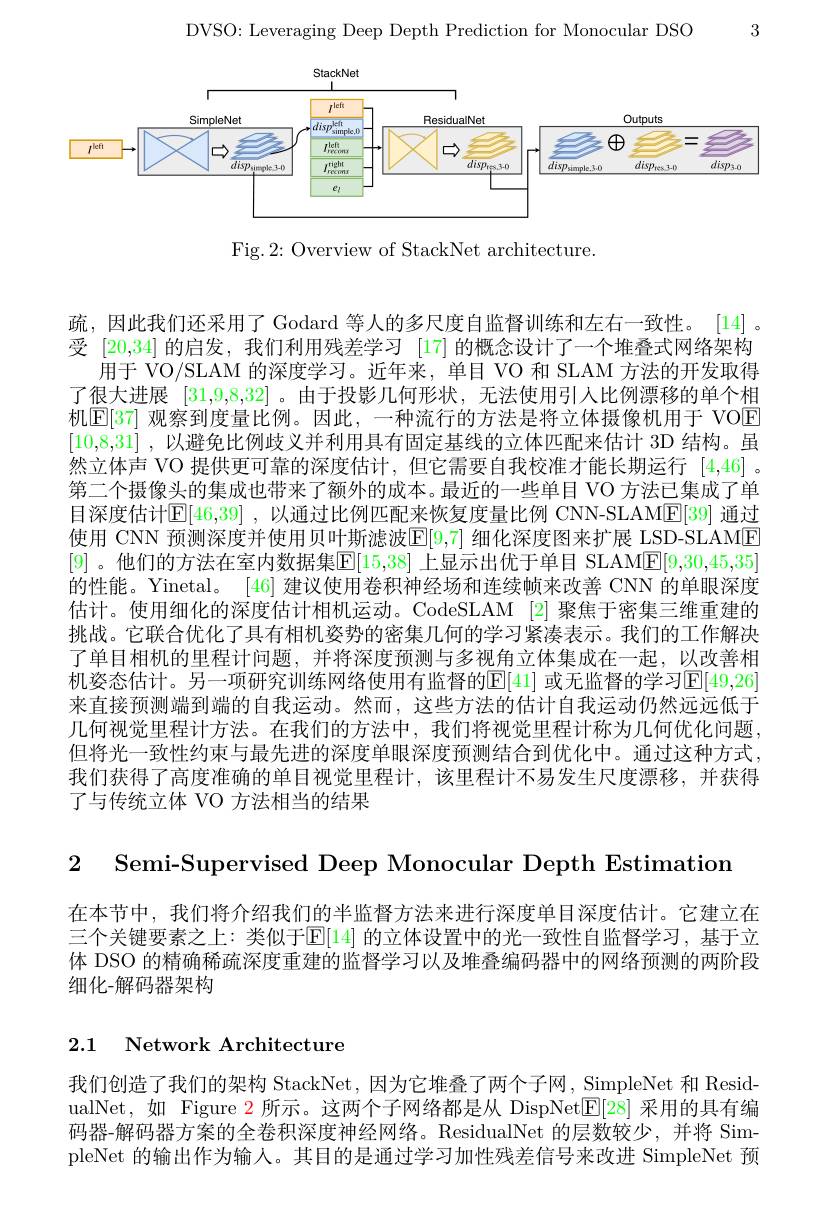
3

DVSO: Leveraging Deep Depth Prediction for Monocular DSO

<FigureHere>

Fig.2: Overview of StackNet architecture.

疏，因此我们还采用了 Godard 等人的多尺度自监督训练和左右一致性。[14]。受 [20,34] 的启发，我们利用残差学习 [17] 的概念设计了一个堆叠式网络架构
用于 VO/SLAM 的深度学习。近年来，单目 VO 和 SLAM 方法的开发取得了很大进展[31,9,8,32] 。由于投影几何形状，无法使用引人比例漂移的单个相机$[\mathbb{E}[37]$ 观察到度量比例。因此，一种流行的方法是将立体摄像机用于 VOE [10,8,31] ,以避免比例歧义并利用具有固定基线的立体匹配来估计 3D 结构。虽然立体声 VO 提供更可靠的深度估计，但它需要自我校准才能长期运行[4,46] 。第二个摄像头的集成也带来了额外的成本。最近的一些单目 VO 方法已集成了单目深度估计$\mathbb{E} [ 46, 39]$ , 以通过比例匹配来恢复度量比例 CNN-SLAM$\mathbb{E}[39]$ 通过使用 CNN 预测深度并使用贝叶斯滤波$\mathbb{E}[9,7]$ 细化深度图来扩展 LSD-SLAME [9] 。他们的方法在室内数据集$\mathbb{E}[15,38]$ 上显示出优于单目 SLAME[9,30,45,35] 的性能。Yinetal。[46] 建议使用卷积神经场和连续帧来改善 CNN 的单眼深度估计。使用细化的深度估计相机运动。CodeSLAM [2] 聚焦于密集三维重建的挑战。它联合优化了具有相机姿势的密集几何的学习紧凑表示。我们的工作解决了单目相机的里程计问题，并将深度预测与多视角立体集成在一起，以改善相机姿态估计。另一项研究训练网络使用有监督的E[41] 或无监督的学习E[49,26] 来直接预测端到端的自我运动。然而，这些方法的估计自我运动仍然远远低于几何视觉里程计方法。在我们的方法中，我们将视觉里程计称为几何优化问题但将光一致性约束与最先进的深度单眼深度预测结合到优化中。通过这种方式， 我们获得了高度准确的单目视觉里程计，该里程计不易发生尺度漂移，并获得了与传统立体 VO 方法相当的结果

2 Semi-Supervised Deep Monocular Depth Estimation

在本节中，我们将介绍我们的半监督方法来进行深度单目深度估计。它建立在三个关键要素之上：类似于$\mathbb{E}[14]$ 的立体设置中的光一致性自监督学习，基于立体 DSO 的精确稀疏深度重建的监督学习以及堆叠编码器中的网络预测的两阶段细化-解码器架构

## 2.1 Network Architecture

我们创造了我们的架构 StackNet, 因为它堆叠了两个子网，SimpleNet 和 ResidualNet,如 Figure $\color{red}{2}$所示。这两个子网络都是从 DispNet$[\mathbb{E}[28]$采用的具有编码器-解码器方案的全卷积深度神经网络。ResidualNet 的层数较少，并将 Sime pleNet 的输出作为输入。其目的是通过学习加性残差信号来改进 SimpleNet 预